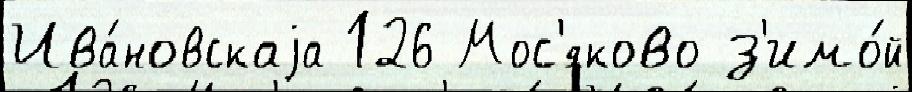
Ива́новскаjа 126 Мос'яково з'имо́й